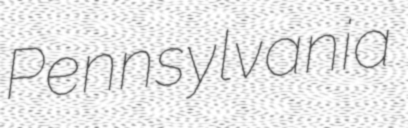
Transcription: Pennsylvania